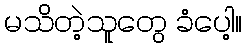
မသိတဲ့သူတွေ ခံပေါ့။